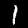
Label: 1